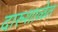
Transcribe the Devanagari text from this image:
दारुशाळेत